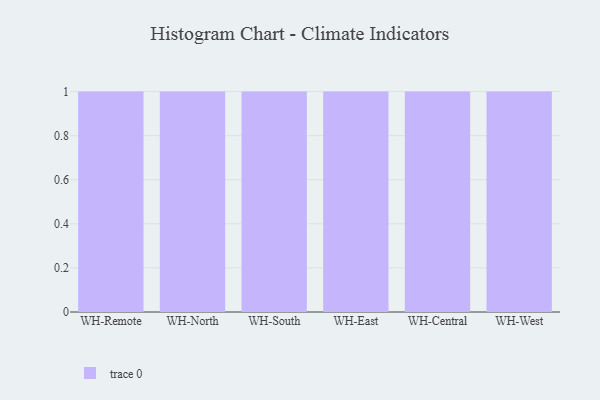
{"axis": {"x": "Warehouse", "y": "Energy Usage (MWh)"}, "legend": [""], "data": [{"x": "WH-Remote", "y": 79, "type": ""}, {"x": "WH-North", "y": 78, "type": ""}, {"x": "WH-South", "y": 2, "type": ""}, {"x": "WH-East", "y": 82, "type": ""}, {"x": "WH-Central", "y": 72, "type": ""}, {"x": "WH-West", "y": 81, "type": ""}]}